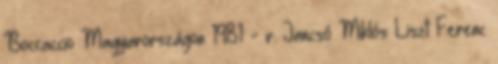
Boccaccio Magyarországon 1981 - r. Jancsó Miklós Liszt Ferenc